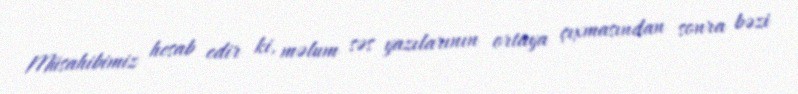
Müsahibimiz hesab edir ki, məlum səs yazılarının ortaya çıxmasından sonra bəzi